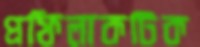
প্রফিলাকটিক